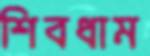
শিবধাম